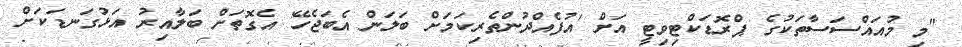
"މި މުއައްސަސާތަކުގެ ޕްރޮޑަކްޓިވިޓީ އަށް 'އުފެއްދުންތެރިކަމަށް ބަލަން އެބަޖެހޭ' އެގޮތަށް ބަލާއިރު އަޅުގަނޑަކަށް